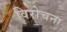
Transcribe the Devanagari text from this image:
विरोचना